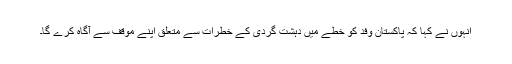
انہوں نے کہا کہ پاکستان وفد کو خطے میں دہشت گردی کے خطرات سے متعلق اپنے موقف سے آگاہ کرے گا۔